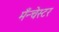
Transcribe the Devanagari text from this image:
मँन्चेस्टर